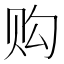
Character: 购